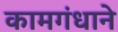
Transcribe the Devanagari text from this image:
कामगंधाने